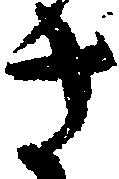
さ